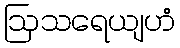
ဩသရေယျဟံ